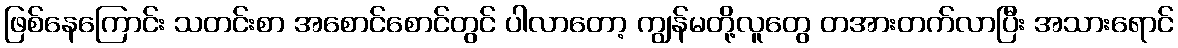
ဖြစ်နေကြောင်း သတင်းစာ အစောင်စောင်တွင် ပါလာတော့ ကျွန်မတို့လူတွေ တအားတက်လာပြီး အသားရောင်